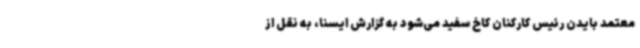
معتمد بایدن رئیس کارکنان کاخ سفید می‌شود به گزارش ایسنا، به نقل از